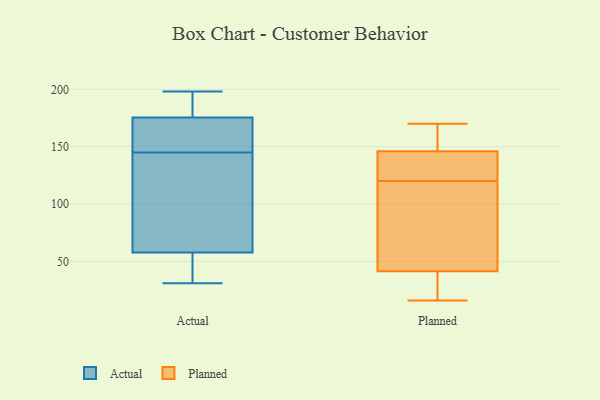
{"axis": {"x": "Humidity (%)", "y": "Value"}, "legend": ["Actual", "Planned"], "data": [{"x": "", "y": 169, "type": "Actual"}, {"x": "", "y": 50, "type": "Actual"}, {"x": "", "y": 152, "type": "Actual"}, {"x": "", "y": 150, "type": "Actual"}, {"x": "", "y": 40, "type": "Actual"}, {"x": "", "y": 129, "type": "Actual"}, {"x": "", "y": 188, "type": "Actual"}, {"x": "", "y": 58, "type": "Actual"}, {"x": "", "y": 57, "type": "Actual"}, {"x": "", "y": 186, "type": "Actual"}, {"x": "", "y": 121, "type": "Actual"}, {"x": "", "y": 104, "type": "Actual"}, {"x": "", "y": 172, "type": "Actual"}, {"x": "", "y": 31, "type": "Actual"}, {"x": "", "y": 188, "type": "Actual"}, {"x": "", "y": 145, "type": "Actual"}, {"x": "", "y": 198, "type": "Actual"}, {"x": "", "y": 16, "type": "Planned"}, {"x": "", "y": 43, "type": "Planned"}, {"x": "", "y": 133, "type": "Planned"}, {"x": "", "y": 170, "type": "Planned"}, {"x": "", "y": 133, "type": "Planned"}, {"x": "", "y": 163, "type": "Planned"}, {"x": "", "y": 107, "type": "Planned"}, {"x": "", "y": 83, "type": "Planned"}, {"x": "", "y": 40, "type": "Planned"}, {"x": "", "y": 145, "type": "Planned"}, {"x": "", "y": 38, "type": "Planned"}, {"x": "", "y": 147, "type": "Planned"}]}